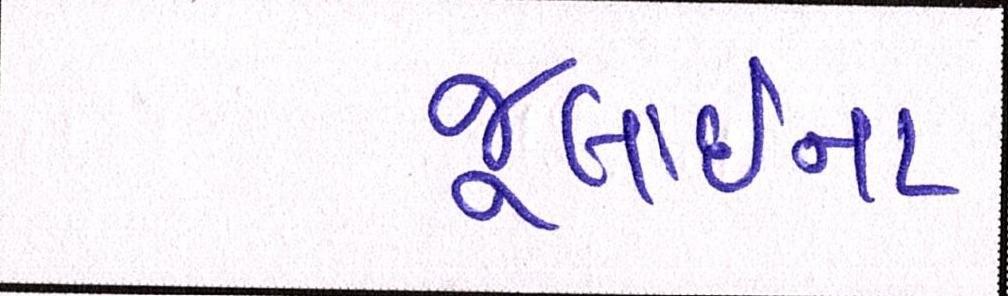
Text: જૂલાઈના